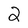
Character: 2